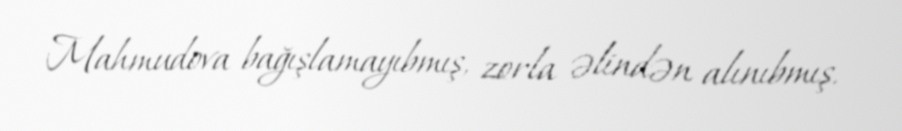
Mahmudova bağışlamayıbmış, zorla əlindən alınıbmış.